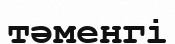
тәменгі